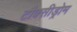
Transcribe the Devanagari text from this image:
टौक्सीड्रोम